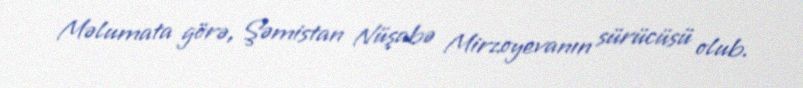
Məlumata görə, Şəmistan Nüşabə Mirzoyevanın sürücüsü olub.